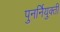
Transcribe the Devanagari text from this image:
पुनर्नियुक्ती